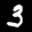
Label: 3